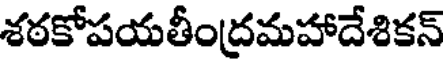
శఠకోపయతీంద్రమహాదేశికన్